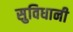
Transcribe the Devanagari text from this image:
सुविधानी